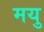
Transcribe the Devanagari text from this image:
मयु